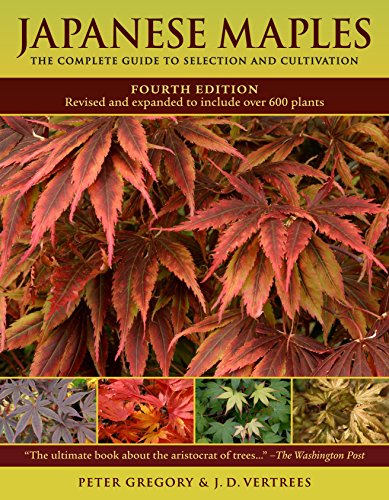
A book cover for Japanese Maples: The Complete Guide to Selection and Cultivation, Fourth Edition; Peter Gregory; Crafts, Hobbies & Home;